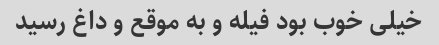
خیلی خوب بود فیله و به موقع و داغ رسید